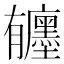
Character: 𪱰